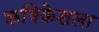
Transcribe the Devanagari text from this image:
ऋषिकेशला